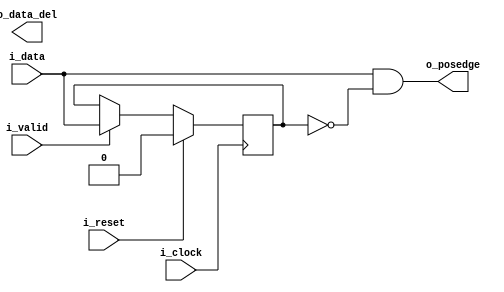
module common_posedge_det
(
	// OUTPUTS.
	output 	wire 								o_posedge	,
	output 	wire 								o_data_del	,
	// INPUTS.
	input 	wire 								i_data		,
	input 	wire 								i_valid		,
	input 	wire 								i_reset		,
	input 	wire 								i_clock
) ;

// =================================================================================================
// QUICK INSTANCE
// =================================================================================================
/*
common_posedge_det
u_common_posedge_det
.o_posedge	(  ) ,
.o_data_del	(  ) ,
.i_data		(  ) ,
.i_valid	(  ) ,
.i_reset	(  ) ,
.i_clock	(  )
*/
// END: Quick Instance.

// =================================================================================================
// INTERNAL SIGNALS.
// =================================================================================================
reg												aux_d ;

// =================================================================================================
// ALGORITHM BEGIN.
// =================================================================================================
always @( posedge i_clock )
begin
	if( i_reset )
		aux_d	<=	1'b0 ;
	else if( i_valid )
		aux_d	<=	i_data ;
end

assign 	o_posedge	=	i_data & ~aux_d ;

endmodule